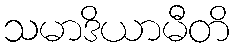
သမာဒိယာမီတိ